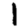
Digit: 1